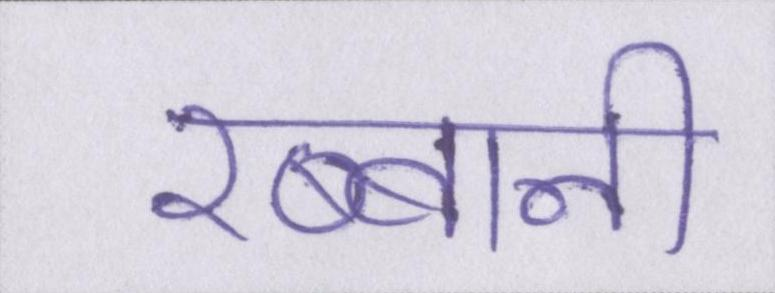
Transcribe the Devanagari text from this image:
रब्बानी